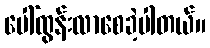
ပေါ်ထွန်းလာစေခဲ့ပါတယ်။